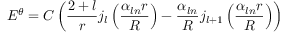
E ^ { \theta } = C \left( \frac { 2 + l } { r } j _ { l } \left( \frac { \alpha _ { l n } r } { R } \right) - \frac { \alpha _ { l n } } { R } j _ { l + 1 } \left( \frac { \alpha _ { l n } r } { R } \right) \right)